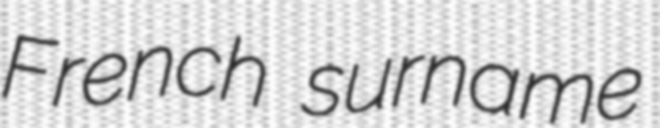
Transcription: French surname